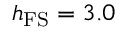
h _ { \mathrm { F S } } = 3 . 0